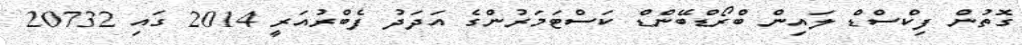
ގޮތުން ފިކްސްޑް ލައިން ބްރޯޑްބޭންޑް ކަސްޓަމަރުންގެ އަދަދު ފެބްރުއަރީ 2014 ގައި 20732